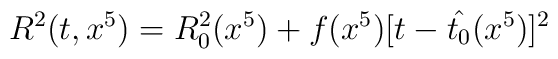
R^2(t, x^5) = R^2_0(x^5) + f(x^5)[t-\hat{t_0}(x^5) ]^2